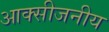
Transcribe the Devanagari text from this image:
आक्सीजनीय